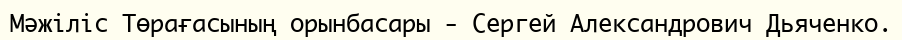
Мәжіліс Төрағасының орынбасары - Сергей Александрович Дьяченко.